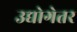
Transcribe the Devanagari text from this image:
उद्योगेतर